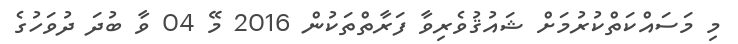
މި މަސައްކަތްކުރުމަށް ޝައުޤުވެރިވާ ފަރާތްތަކުން 2016 މޭ 04 ވާ ބުދަ ދުވަހުގެ